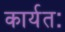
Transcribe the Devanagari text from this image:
कार्यतः